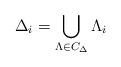
LaTeX: \begin{align*} \Delta _i= \bigcup_{\Lambda \in C_\Delta } \Lambda _i\end{align*}